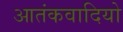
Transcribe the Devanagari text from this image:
आतंकवादियो